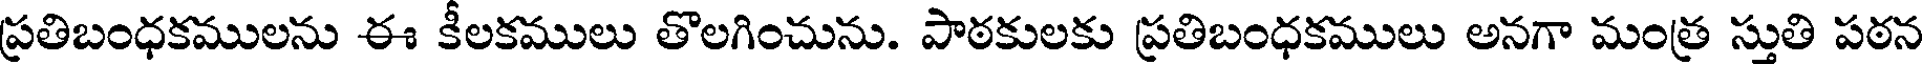
ప్రతిబంధకములను ఈ కీలకములు తొలగించును. పాఠకులకు ప్రతిబంధకములు అనగా మంత్ర స్తుతి పఠన